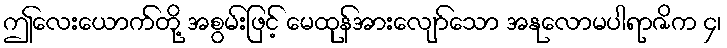
ဤလေးယောက်တို့ အစွမ်းဖြင့် မေထုန်အားလျော်သော အနုလောမပါရာဇိက ၄၊